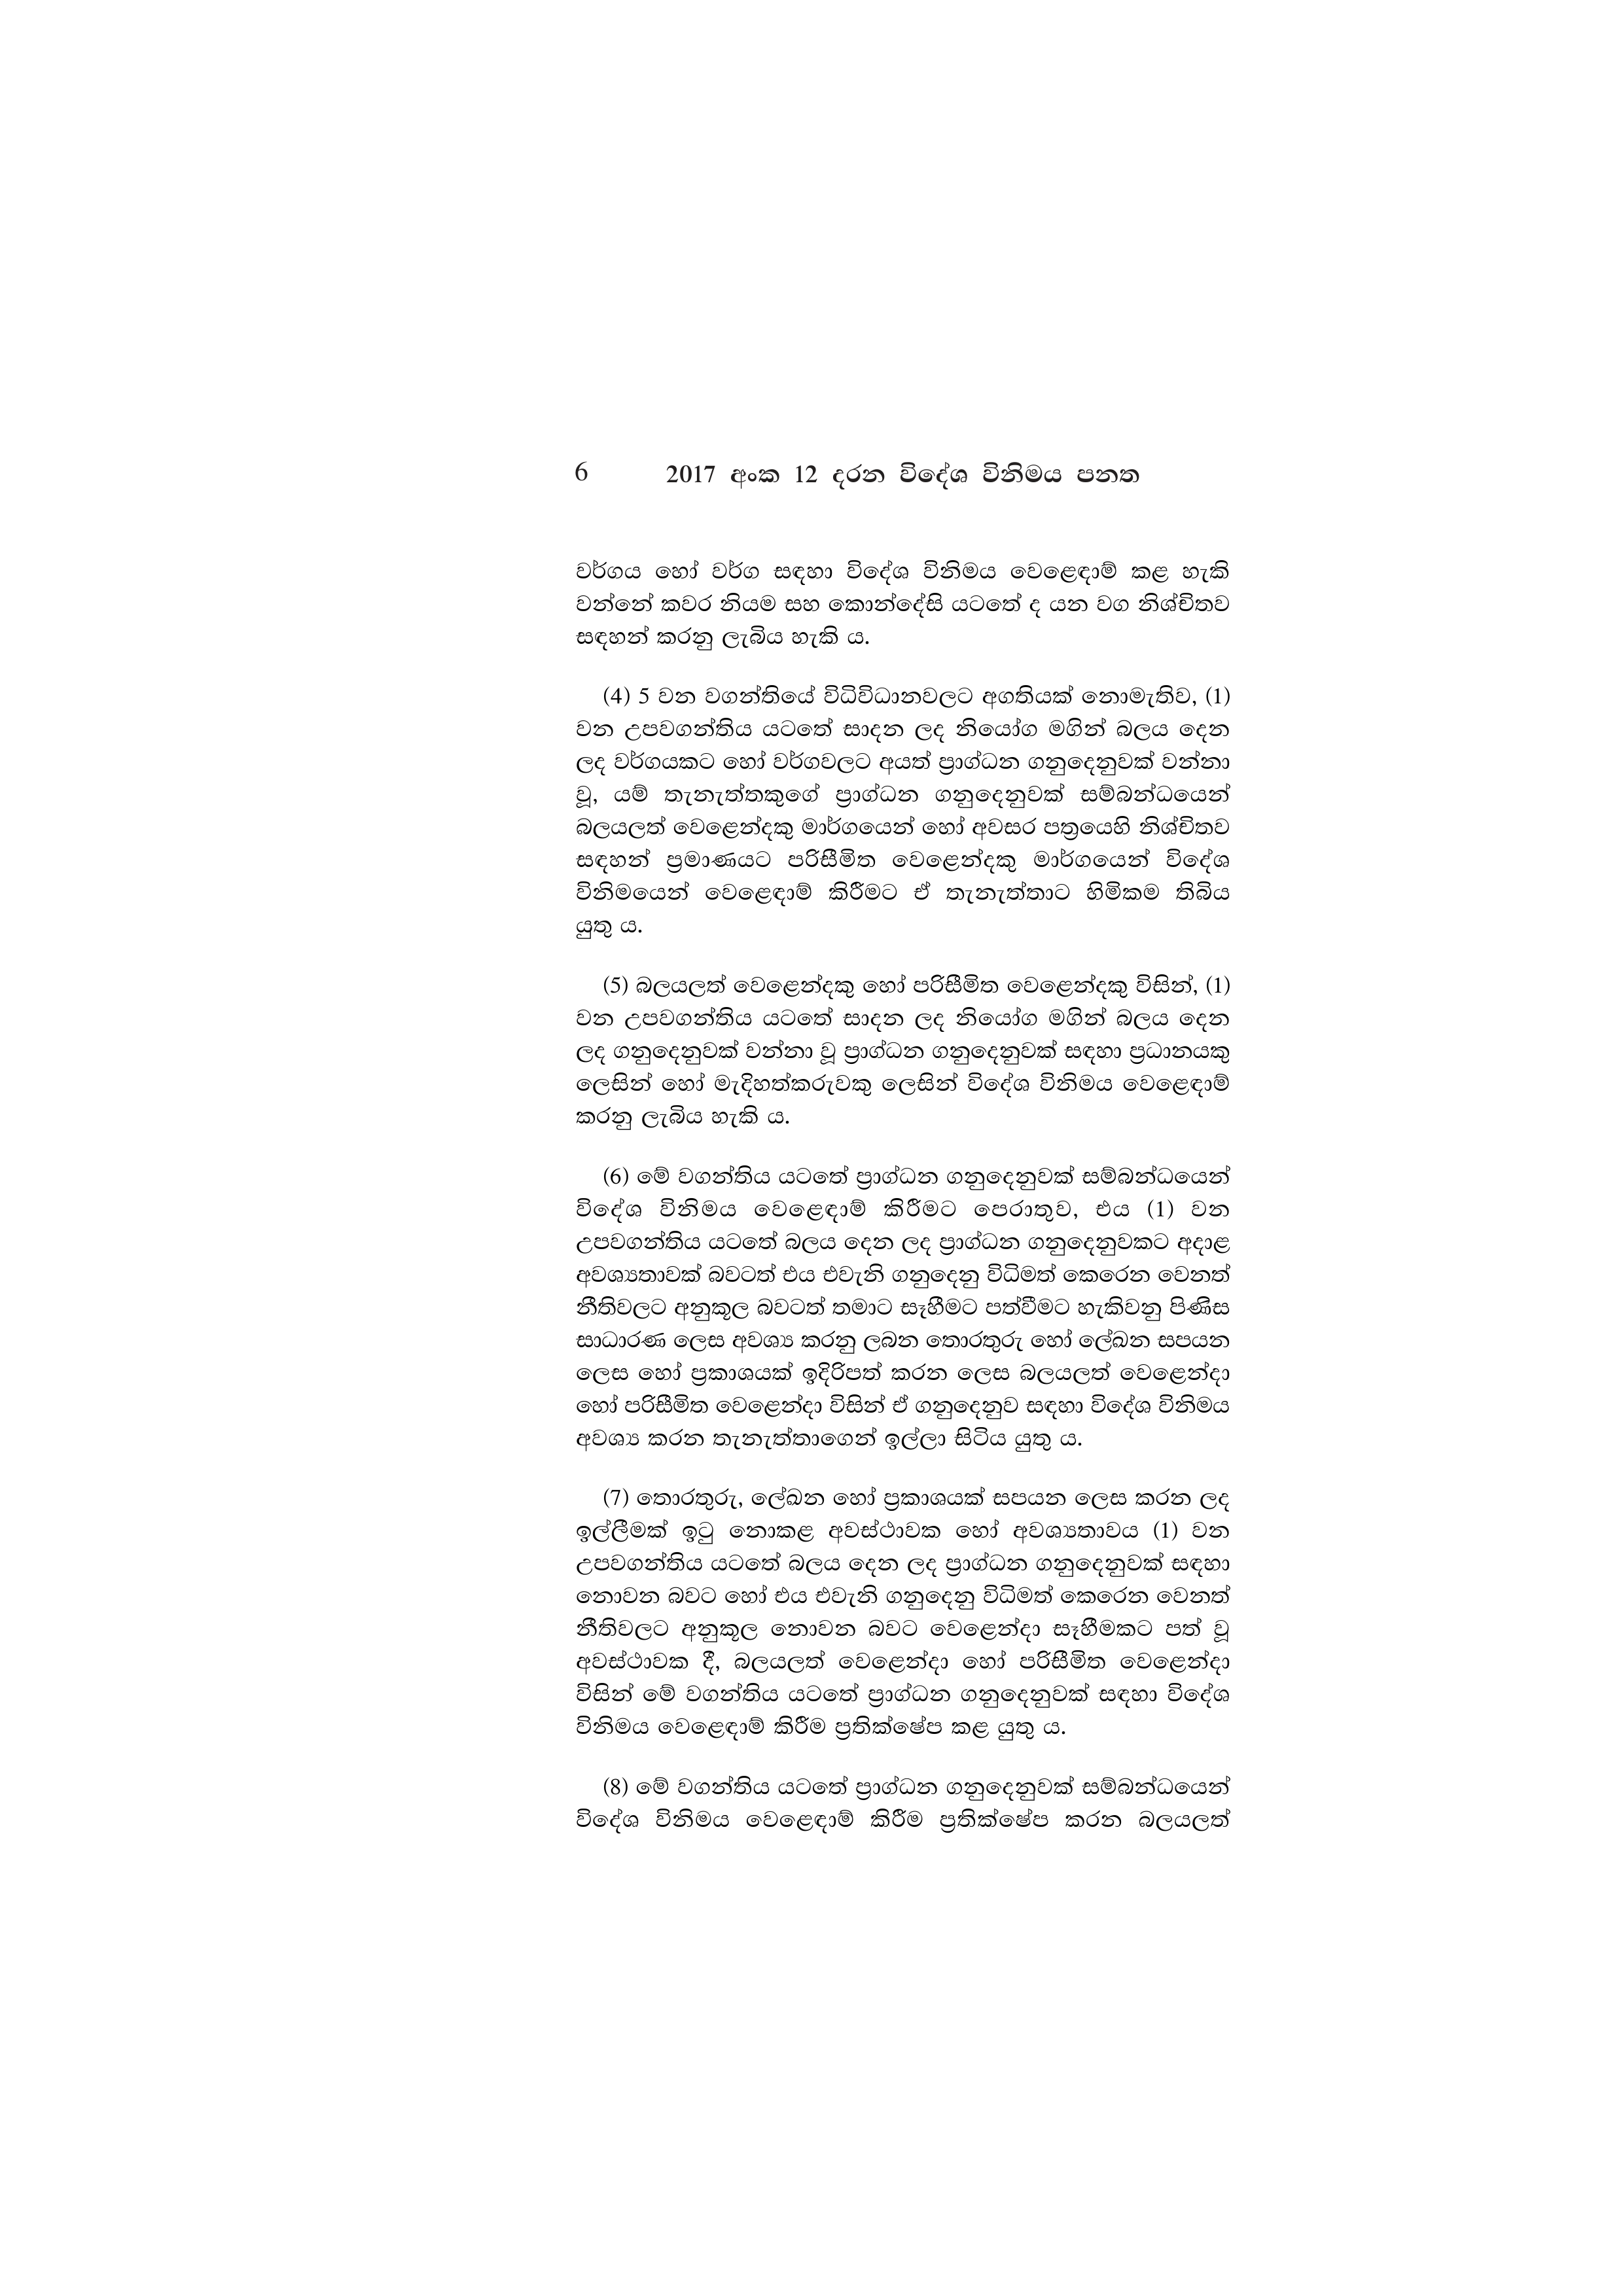
6 2017 අංක 12 දරන විදේශ විනිමය පනත

වර්ගය හෝ වර්ග සඳහා විදේශ විනිමය වෙළෙඳාම් කළ හැකි
වන්නේ කවර නියම සහ කොන්දේසි යටතේ ද යන වග නිශ්චිතව
සඳහන් කරනු ලැබිය හැකි ය.

(4) 5 වන වගන්තියේ විධිවිධානවලට අගතියක් නොමැතිව, (1)
වන උපවගන්තිය යටතේ සාදන ලද නියෝග මගින් බලය දෙන
ලද වර්ගයකට හෝ වර්ගවලට අයත් ප්‍රාග්ධන ගනුදෙනුවක් වන්නා
වූ, යම් තැනැත්තකුගේ ප්‍රාග්ධන ගනුදෙනුවක් සම්බන්ධයෙන්
බලයලත් වෙළෙන්දකු මාර්ගයෙන් හෝ අවසර පත්‍රයෙහි නිශ්චිතව
සඳහන් ප්‍රමාණයට පරිසීමිත වෙළෙන්දකු මාර්ගයෙන් විදේශ
විනිමයෙන් වෙළෙඳාම් කිරීමට ඒ තැනැත්තාට හිමිකම තිබිය
යුතු ය.

(5) බලයලත් වෙළෙන්දකු හෝ පරිසීමිත වෙළෙන්දකු විසින්, (1)
වන උපවගන්තිය යටතේ සාදන ලද නියෝග මගින් බලය දෙන
ලද ගනුදෙනුවක් වන්නා වූ ප්‍රාග්ධන ගනුදෙනුවක් සඳහා ප්‍රධානයකු
ලෙසින් හෝ මැදිහත්කරුවකු ලෙසින් විදේශ විනිමය වෙළෙඳාම්
කරනු ලැබිය හැකි ය.

(6) මේ වගන්තිය යටතේ ප්‍රාග්ධන ගනුදෙනුවක් සම්බන්ධයෙන්
විදේශ විනිමය වෙළෙඳාම් කිරීමට පෙරාතුව, එය (1) වන
උපවගන්තිය යටතේ බලය දෙන ලද ප්‍රාග්ධන ගනුදෙනුවකට අදාළ
අවශ්‍යතාවක් බවටත් එය එවැනි ගනුදෙනු විධිමත් කෙරෙන වෙනත්
නීතිවලට අනුකූල බවටත් තමාට සෑහීමට පත්වීමට හැකිවනු පිණිස
සාධාරණ ලෙස අවශ්‍ය කරනු ලබන තොරතුරු හෝ ලේඛන සපයන
ලෙස හෝ ප්‍රකාශයක් ඉදිරිපත් කරන ලෙස බලයලත් වෙළෙන්දා
හෝ පරිසීමිත වෙළෙන්දා විසින් ඒ ගනුදෙනුව සඳහා විදේශ විනිමය
අවශ්‍ය කරන තැනැත්තාගෙන් ඉල්ලා සිටිය යුතු ය.

(7) තොරතුරු, ලේඛන හෝ ප්‍රකාශයක් සපයන ලෙස කරන ලද
ඉල්ලීමක් ඉටු නොකළ අවස්ථාවක හෝ අවශ්‍යතාවය (1) වන
උපවගන්තිය යටතේ බලය දෙන ලද ප්‍රාග්ධන ගනුදෙනුවක් සඳහා
නොවන බවට හෝ එය එවැනි ගනුදෙනු විධිමත් කෙරෙන වෙනත්
නීතිවලට අනුකූල නොවන බවට වෙළෙන්දා සෑහීමකට පත් වූ
අවස්ථාවක දී, බලයලත් වෙළෙන්දා හෝ පරිසීමිත වෙළෙන්දා
විසින් මේ වගන්තිය යටතේ ප්‍රාග්ධන ගනුදෙනුවක් සඳහා විදේශ
විනිමය වෙළෙඳාම් කිරීම ප්‍රතික්ෂේප කළ යුතු ය.

(8) මේ වගන්තිය යටතේ ප්‍රාග්ධන ගනුදෙනුවක් සම්බන්ධයෙන්
විදේශ විනිමය වෙළෙඳාම් කිරීම ප්‍රතික්ෂේප කරන බලයලත්